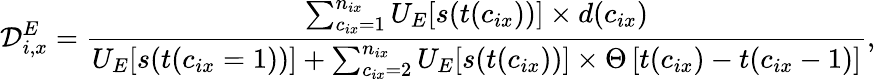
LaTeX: \mathcal{D}_{i,x}^{E}=\frac{\sum_{c_{ix}=1}^{n_{ix}}U_{E}[s(t(c_{ix}))]\times d(c_{ix})}{U_{E}[s(t(c_{ix}=1))]+\sum_{c_{ix}=2}^{n_{ix}}U_{E}[s(t(c_{ix}))]\times\Theta\left[t(c_{ix})-t(c_{ix}-1)\right]},